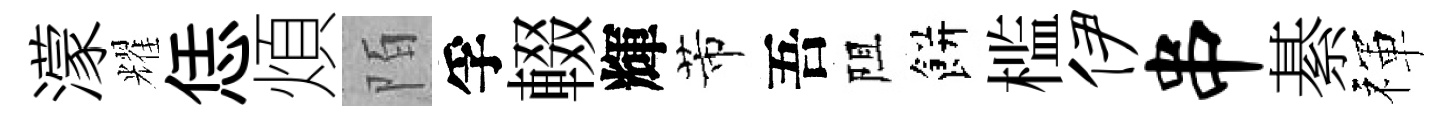
濛耀恁煩陌孚輟輝芾吾阻餅槛伊串綦禈